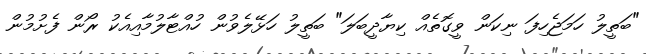
"ބަތީލު ހަމަޖެހިފަ ނިކަން ވީގޮތެއް ކިޔާދީބަލަ" ބަތީލު ހަޅޭލެވުން ހުއްޓާލުމާއިއެކު ރޯން ފެށުމުން